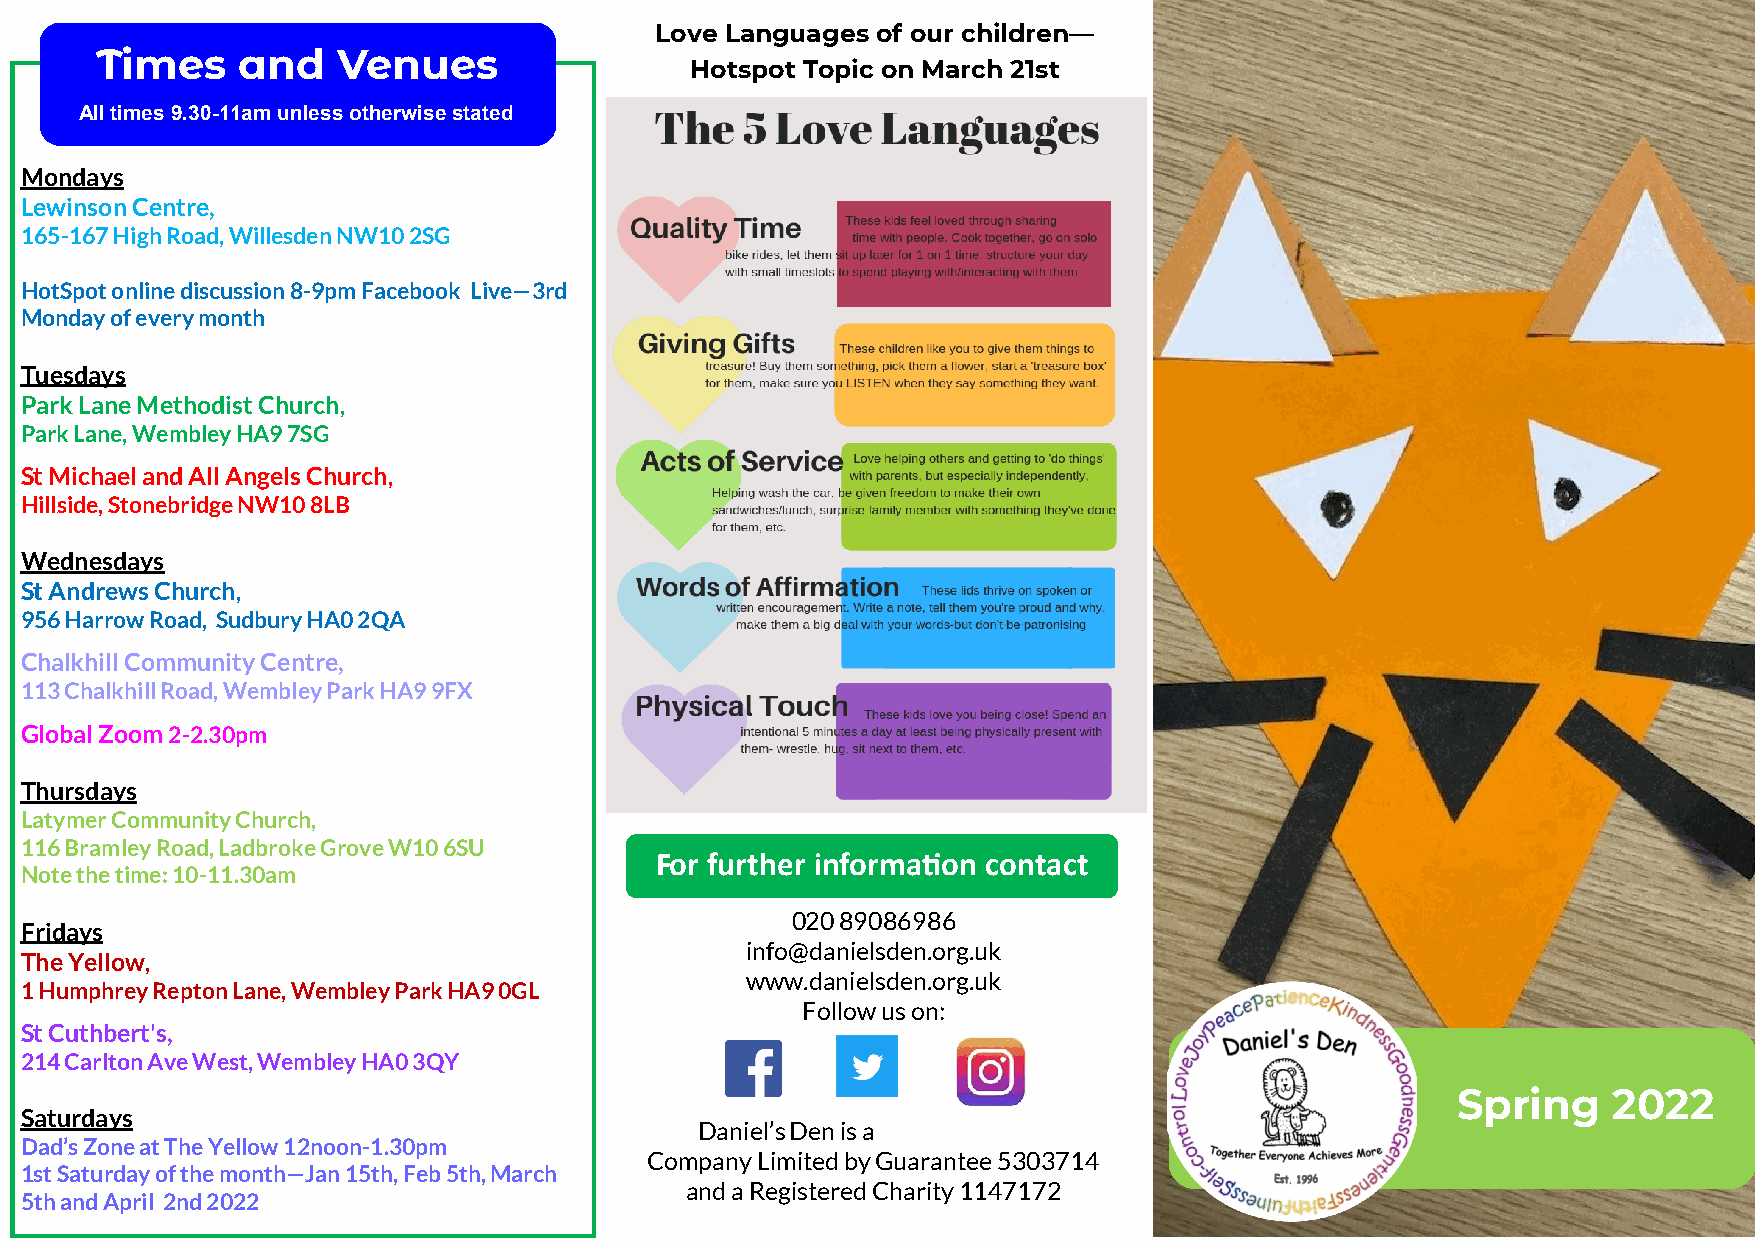
Love Languages of our children—
 Times     and   Venues
 Hotspot Topic on March 21st
 All times 9.30-11am unless otherwise stated
 Mondays
 Lewinson Centre,
 165-167 High Road, Willesden NW10 2SG
 HotSpot online discussion 8-9pm Facebook Live—3rd
 Monday of every month
 Tuesdays
 Park Lane Methodist Church,
 Park Lane, Wembley HA9 7SG
 St Michael and All Angels Church,
 Hillside, Stonebridge NW10 8LB
 Wednesdays
 St Andrews Church,
 956 Harrow Road, Sudbury HA0 2QA
 Chalkhill Community Centre,
 113 Chalkhill Road, Wembley Park HA9 9FX
 Global Zoom 2-2.30pm
 Thursdays
 Latymer Community Church,
 116 Bramley Road, Ladbroke Grove W10 6SU
 For further information contact
 Note the time: 10-11.30am
 020 89086986
 Fridays
 info@danielsden.org.uk
 The Yellow,
 www.danielsden.org.uk
 1 Humphrey Repton Lane, Wembley Park HA9 0GL
 Follow us on:
 St Cuthbert's,
 214 Carlton Ave West, Wembley HA0 3QY
 Spring     2022
 Saturdays
 Daniel’s Den is a
 Dad’s Zone at The Yellow 12noon-1.30pm
 Company Limited by Guarantee 5303714
 1st Saturday of the month—Jan 15th, Feb 5th, March
 and a Registered Charity 1147172
 5th and April 2nd 2022